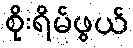
စိုးရိမ်ဖွယ်